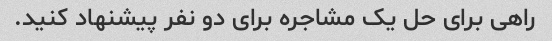
راهی برای حل یک مشاجره برای دو نفر پیشنهاد کنید.